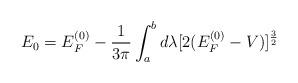
LaTeX: \begin{align*}E_{0} = E_{F}^{(0)} - \frac{1}{3\pi} \int_{a}^{b} d\lambda[2(E_{F}^{(0)} - V)]^{\frac{3}{2}} \end{align*}